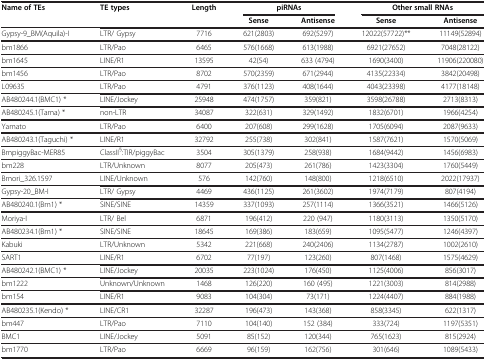
<table><thead><tr><td><b>Name of TEs</b></td><td><b>TE types</b></td><td><b>Length</b></td><td colspan="2"><b>piRNAs</b></td><td colspan="2"><b>Other small RNAs</b></td></tr><tr><td><b> </b></td><td><b> </b></td><td><b> </b></td><td><b>Sense</b></td><td><b>Antisense</b></td><td><b>Sense</b></td><td><b>Antisense</b></td></tr></thead><tbody><tr><td>Gypsy-9_BM(Aquila)-I</td><td>LTR/ Gypsy</td><td>7716</td><td>621(2803)</td><td>692(5297)</td><td>12022(57722)**</td><td>11149(52894)</td></tr><tr><td>bm1866</td><td>LTR/Pao</td><td>6465</td><td>576(1668)</td><td>613(1988)</td><td>6921(27652)</td><td>7048(28122)</td></tr><tr><td>bm1645</td><td>LINE/R1</td><td>13595</td><td>42(54)</td><td>633 (4794)</td><td>1690(3400)</td><td>11906(220080)</td></tr><tr><td>bm1456</td><td>LTR/Pao</td><td>8702</td><td>570(2359)</td><td>671(2944)</td><td>4135(22334)</td><td>3842(20498)</td></tr><tr><td>L09635</td><td>LTR/Pao</td><td>4791</td><td>376(1123)</td><td>408(1644)</td><td>4043(23398)</td><td>4177(18148)</td></tr><tr><td>AB480244.1(BMC1) *</td><td>LINE/Jockey</td><td>25948</td><td>474(1757)</td><td>359(821)</td><td>3598(26788)</td><td>2713(8313)</td></tr><tr><td>AB480245.1(Tama) *</td><td>non-LTR</td><td>34087</td><td>322(631)</td><td>329(1492)</td><td>1832(6701)</td><td>1966(4254)</td></tr><tr><td>Yamato</td><td>LTR/Pao</td><td>6400</td><td>207(608)</td><td>299(1628)</td><td>1705(6094)</td><td>2087(9633)</td></tr><tr><td>AB480243.1(Taguchi) *</td><td>LINE/R1</td><td>32792</td><td>255(738)</td><td>302(841)</td><td>1587(7621)</td><td>1570(5069)</td></tr><tr><td>BmpiggyBac-MER85</td><td>ClassII<sup>§</sup>:TIR/piggyBac</td><td>3504</td><td>305(1379)</td><td>258(938)</td><td>1684(9442)</td><td>1456(6983)</td></tr><tr><td>bm228</td><td>LTR/Unknown</td><td>8077</td><td>205(473)</td><td>261(786)</td><td>1423(3304)</td><td>1760(5449)</td></tr><tr><td>Bmori_326.1597</td><td>LINE/Unknown</td><td>576</td><td>142(760)</td><td>148(800)</td><td>1218(6510)</td><td>2022(17937)</td></tr><tr><td>Gypsy-20_BM-I</td><td>LTR/ Gypsy</td><td>4469</td><td>436(1125)</td><td>261(3602)</td><td>1974(7179)</td><td>807(4194)</td></tr><tr><td>AB480240.1(Bm1) *</td><td>SINE/SINE</td><td>14359</td><td>337(1093)</td><td>257(1114)</td><td>1366(3521)</td><td>1466(5126)</td></tr><tr><td>Moriya-I</td><td>LTR/ Bel</td><td>6871</td><td>196(412)</td><td>220 (947)</td><td>1180(3113)</td><td>1350(5170)</td></tr><tr><td>AB480234.1(Bm1) *</td><td>SINE/SINE</td><td>18645</td><td>169(386)</td><td>183(659)</td><td>1095(5477)</td><td>1246(4397)</td></tr><tr><td>Kabuki</td><td>LTR/Unknown</td><td>5342</td><td>221(668)</td><td>240(2406)</td><td>1134(2787)</td><td>1002(2610)</td></tr><tr><td>SART1</td><td>LINE/R1</td><td>6702</td><td>77(197)</td><td>123(260)</td><td>807(1468)</td><td>1575(4629)</td></tr><tr><td>AB480242.1(BMC1) *</td><td>LINE/Jockey</td><td>20035</td><td>223(1024)</td><td>176(450)</td><td>1125(4006)</td><td>856(3017)</td></tr><tr><td>bm1222</td><td>Unknown/Unknown</td><td>1468</td><td>126(220)</td><td>160 (495)</td><td>1221(3003)</td><td>814(2988)</td></tr><tr><td>bm154</td><td>LINE/R1</td><td>9083</td><td>104(304)</td><td>73(171)</td><td>1224(4407)</td><td>884(1988)</td></tr><tr><td>AB480235.1(Kendo) *</td><td>LINE/CR1</td><td>32287</td><td>196(473)</td><td>143(368)</td><td>858(3345)</td><td>622(1317)</td></tr><tr><td>bm447</td><td>LTR/Pao</td><td>7110</td><td>104(140)</td><td>152 (384)</td><td>333(724)</td><td>1197(5351)</td></tr><tr><td>BMC1</td><td>LINE/Jockey</td><td>5091</td><td>85(152)</td><td>120(344)</td><td>765(1623)</td><td>815(2924)</td></tr><tr><td>bm1770</td><td>LTR/Pao</td><td>6669</td><td>96(159)</td><td>162(756)</td><td>301(646)</td><td>1089(5433)</td></tr></tbody></table>